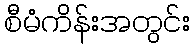
စီမံကိန်းအတွင်း